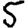
Digit: 5